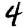
Digit: 4